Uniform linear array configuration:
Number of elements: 32
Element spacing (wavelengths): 0.5
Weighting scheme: blackman
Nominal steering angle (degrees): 30
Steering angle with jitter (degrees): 31.598
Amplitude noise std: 0.05
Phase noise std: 0.05

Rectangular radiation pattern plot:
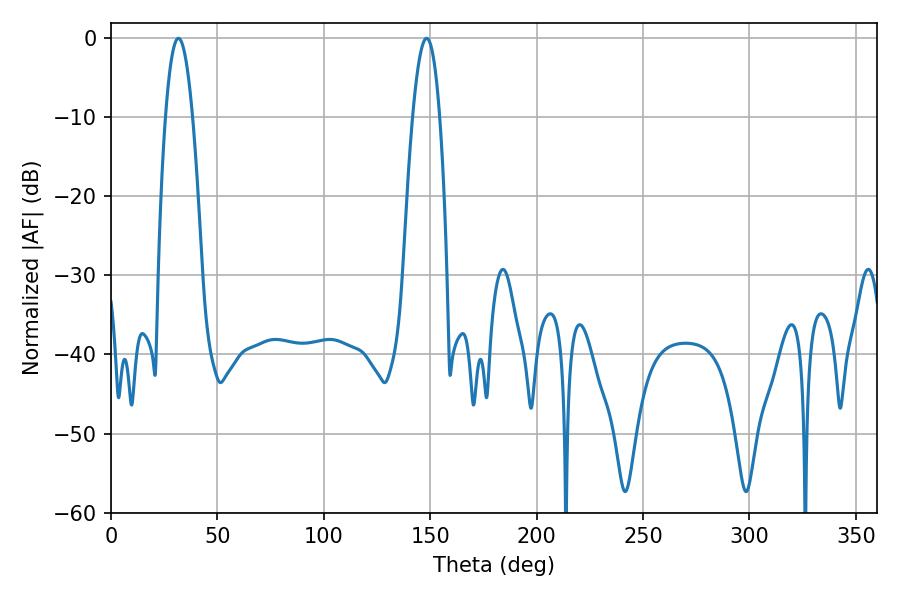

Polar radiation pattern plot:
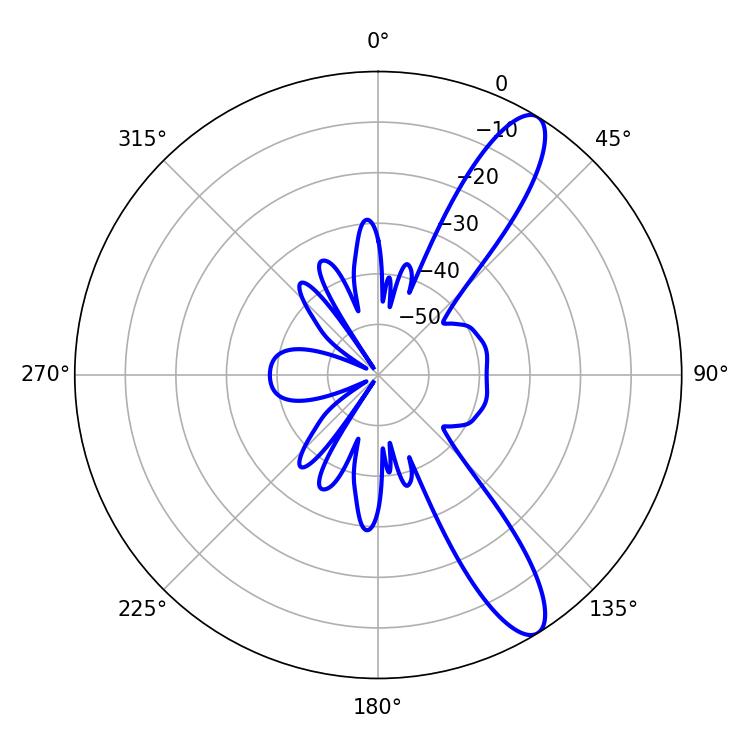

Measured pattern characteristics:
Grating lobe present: FALSE
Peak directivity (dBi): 11.589
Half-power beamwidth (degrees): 7.02
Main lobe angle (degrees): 31.68